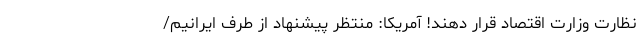
نظارت وزارت اقتصاد قرار دهند! آمریکا: منتظر پیشنهاد از طرف ایرانیم/